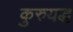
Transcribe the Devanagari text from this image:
कुरुयद्ध